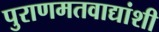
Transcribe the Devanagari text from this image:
पुराणमतवाद्यांशी